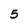
Character: 5